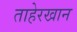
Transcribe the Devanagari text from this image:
ताहेरखान